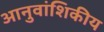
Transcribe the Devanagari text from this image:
आनुवांशिकीय